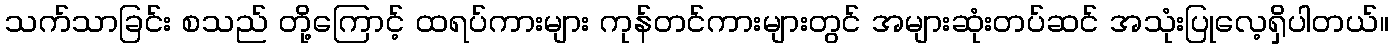
သက်သာခြင်း စသည် တို့ကြောင့် ထရပ်ကားများ ကုန်တင်ကားများတွင် အများဆုံးတပ်ဆင် အသုံးပြုလေ့ရှိပါတယ်။